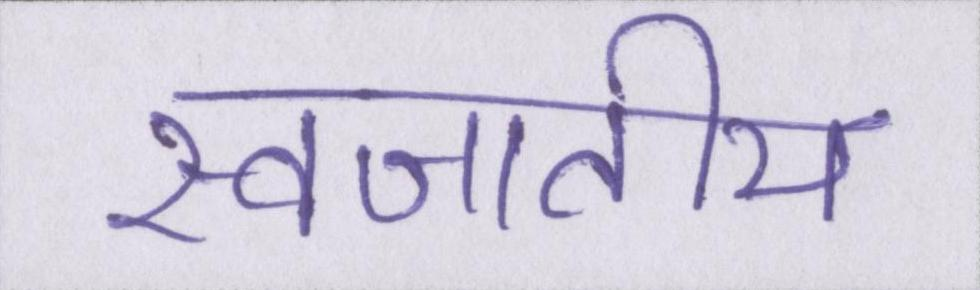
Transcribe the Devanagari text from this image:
स्वजातीय